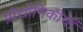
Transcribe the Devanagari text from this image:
प्रौद्योगिकीयाँ